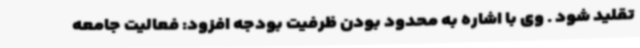
تقلید شود . وی با اشاره به محدود بودن ظرفیت بودجه افزود: فعالیت جامعه